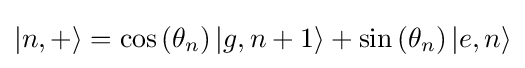
|n,+\rangle =\cos \left(\theta _{n}\right)|g,n+1\rangle +\sin \left(\theta _{n}\right)|e,n\rangle